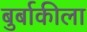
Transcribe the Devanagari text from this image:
बुर्बाकीला